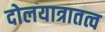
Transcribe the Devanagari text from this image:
दोलयात्रातत्व